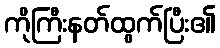
ကိုကြီးနတ်ထွက်ပြီး၏